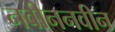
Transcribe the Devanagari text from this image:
नवीननवीन